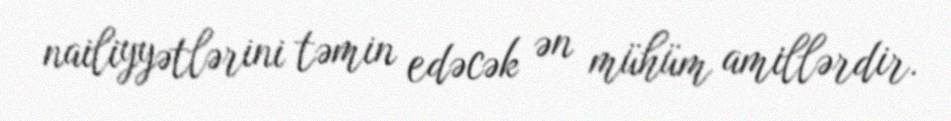
nailiyyətlərini təmin edəcək ən mühüm amillərdir.